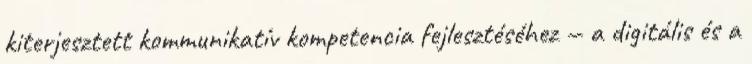
kiterjesztett kommunikatív kompetencia fejlesztéséhez — a digitális és a